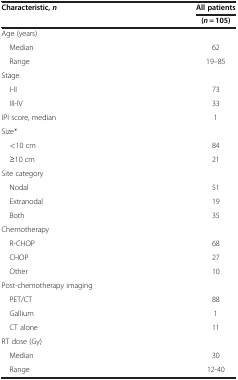
<table><thead><tr><td><b>Characteristic, <i>n</i></b></td><td><b>All patients</b></td></tr><tr><td><b> </b></td><td><b>(<i>n</i> = 105)</b></td></tr></thead><tbody><tr><td>Age (years)</td><td> </td></tr><tr><td> Median</td><td>62</td></tr><tr><td> Range</td><td>19–85</td></tr><tr><td>Stage</td><td> </td></tr><tr><td> I-II</td><td>73</td></tr><tr><td> III-IV</td><td>33</td></tr><tr><td>IPI score, median</td><td>1</td></tr><tr><td>Size*</td><td> </td></tr><tr><td> &lt;10 cm</td><td>84</td></tr><tr><td> ≥10 cm</td><td>21</td></tr><tr><td>Site category</td><td> </td></tr><tr><td> Nodal</td><td>51</td></tr><tr><td> Extranodal</td><td>19</td></tr><tr><td> Both</td><td>35</td></tr><tr><td>Chemotherapy</td><td> </td></tr><tr><td> R-CHOP</td><td>68</td></tr><tr><td> CHOP</td><td>27</td></tr><tr><td> Other</td><td>10</td></tr><tr><td>Post-chemotherapy imaging</td><td> </td></tr><tr><td> PET/CT</td><td>88</td></tr><tr><td> Gallium</td><td>1</td></tr><tr><td> CT alone</td><td>11</td></tr><tr><td>RT dose (Gy)</td><td> </td></tr><tr><td> Median</td><td>30</td></tr><tr><td> Range</td><td>12-40</td></tr></tbody></table>